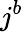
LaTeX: j^{b}